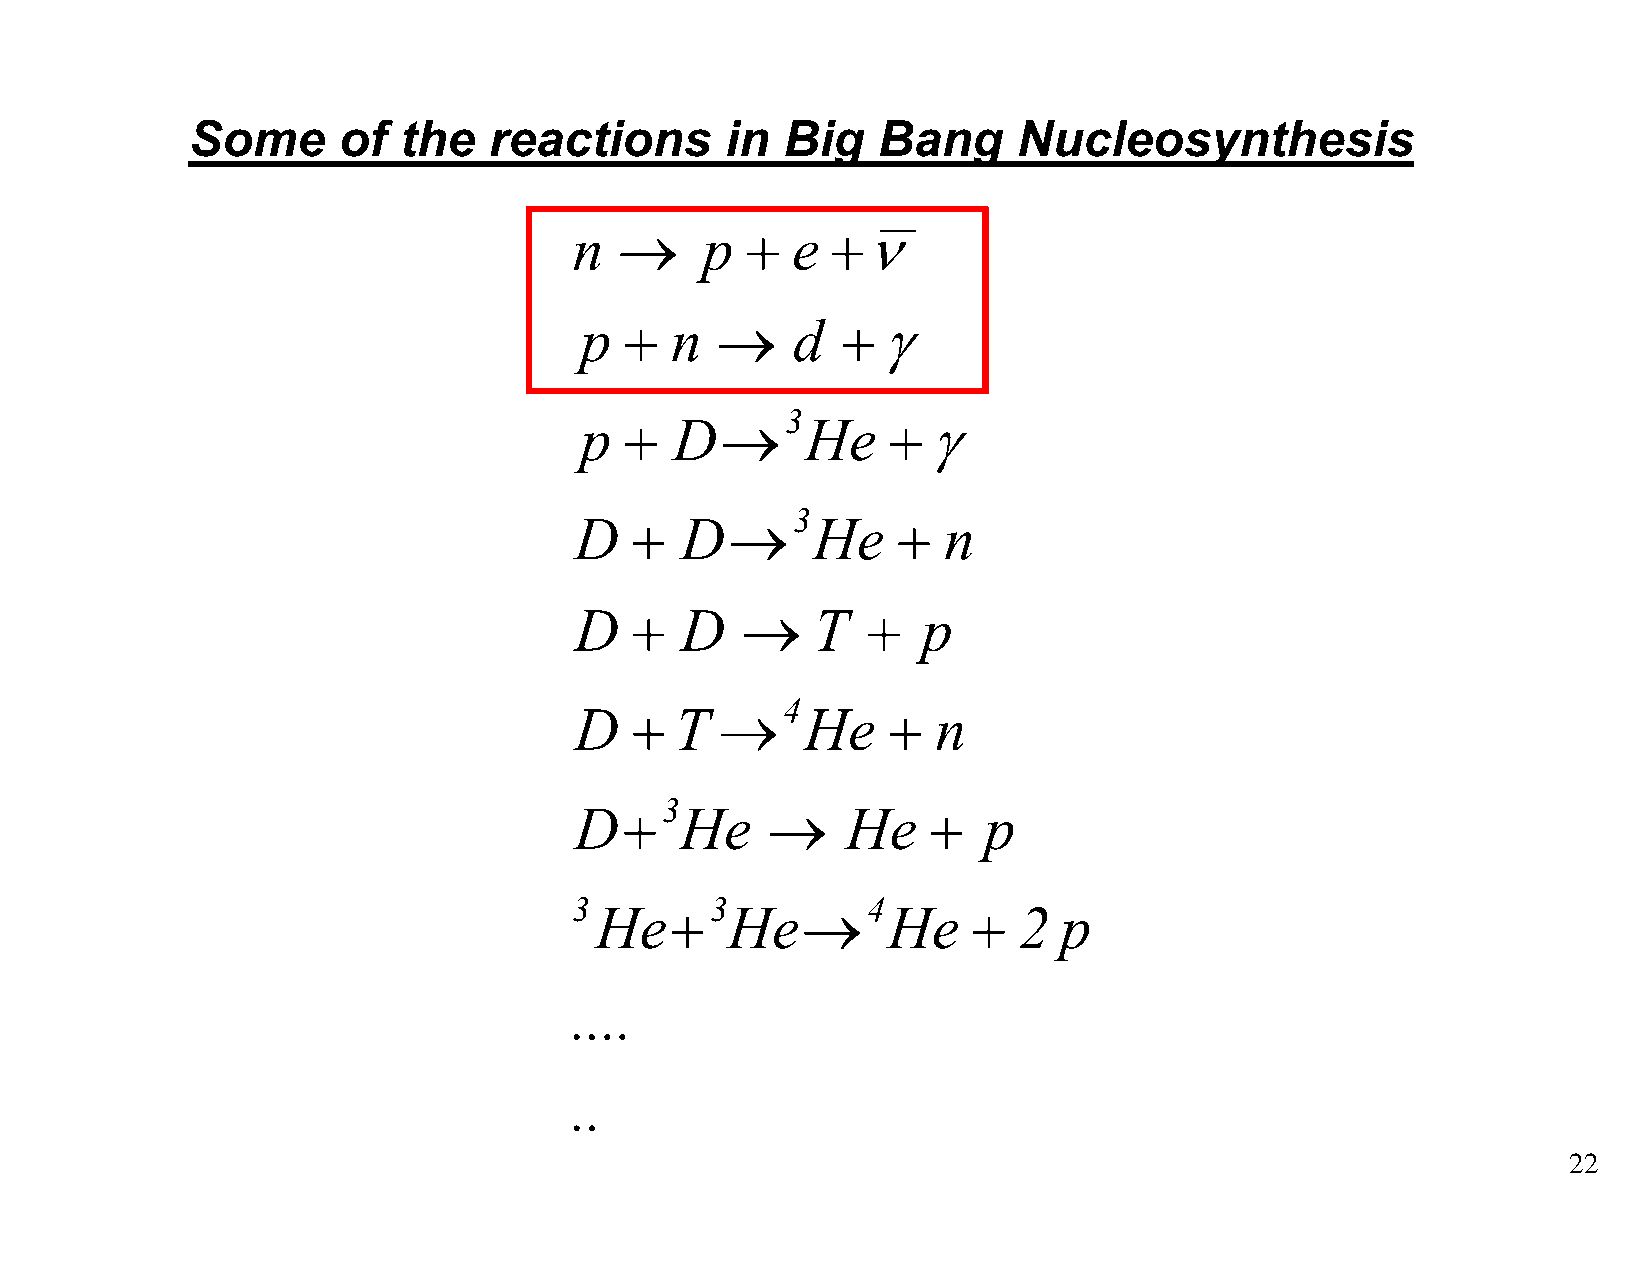
Some      of  the   reactions       in  Big   Bang     Nucleosynthesis
 n  →    p  +  e  +ν
 p  +  n  →    d   +γ
 3
 p  +   D→      He    +γ
 3
 D   +  D→       He   +  n
 D   +  D   →    T  +   p
 4
 D   +  T  →    He    +  n
 3
 D+     He    →    He    +  p
 3        3         4
 He+      He→        He   +  2  p
 ....
 ..
 22